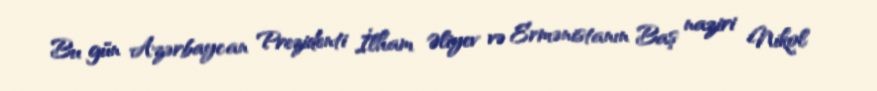
Bu gün Azərbaycan Prezidenti İlham Əliyev və Ermənistanın Baş naziri Nikol